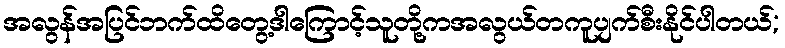
အလွန်အပြင်ဘက်ထိတွေ့ဒါကြောင့်သူတို့ကအလွယ်တကူပျက်စီးနိုင်ပါတယ်;